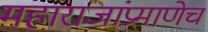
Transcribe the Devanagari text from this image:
महाराजांप्रमाणेच